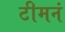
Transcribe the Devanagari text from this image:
टीमनं